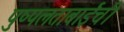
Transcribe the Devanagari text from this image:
पुष्पलताबाईंची